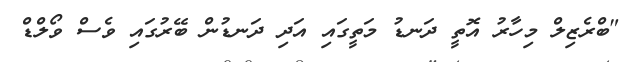
"ބްރެޒިލް މިހާރު އޮތީ ދަނޑު މަތީގައި އަދި ދަނޑުން ބޭރުގައި ވެސް ވޯލްޑް